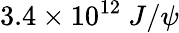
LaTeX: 3.4\times 10^{12}\ J/\psi